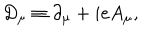
D _ { \mu } \equiv \partial _ { \mu } + i e A _ { \mu } ,